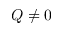
Q \neq 0